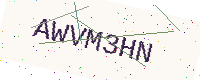
Text: AWVM3HN